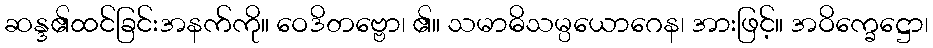
ဆန္ဒ၏ထင်ခြင်းအနက်ကို။ ဝေဒိတဗ္ဗော၊ ၏။ သမာဓိသမ္ပယောဂေန၊ အားဖြင့်။ အဝိက္ခေဋ္ဌော၊